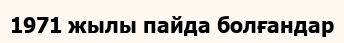
1971 жылы пайда болғандар